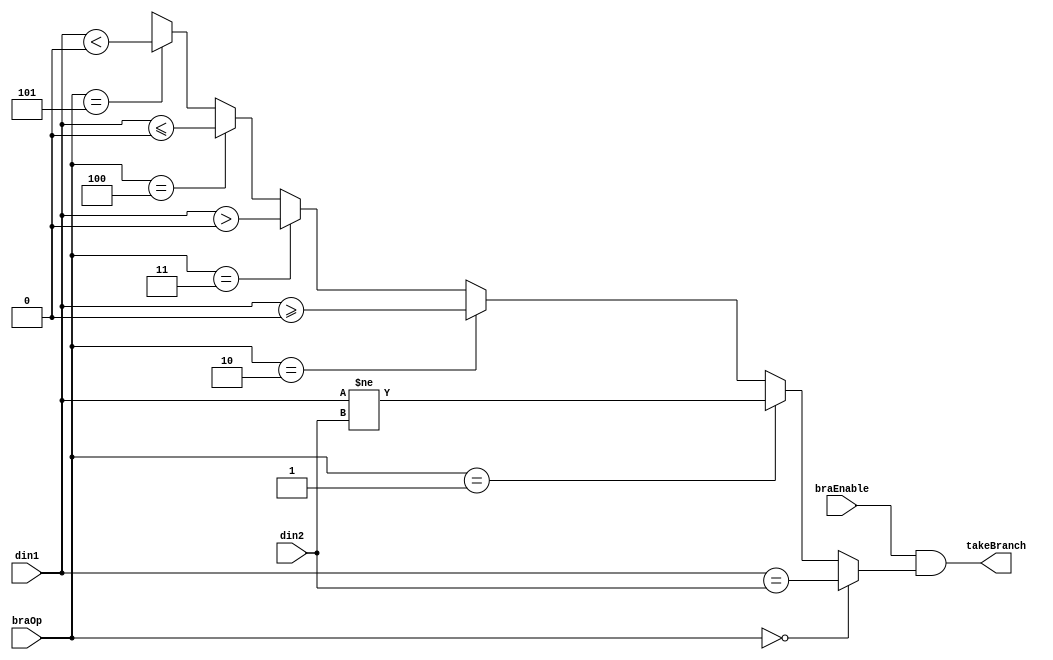
module Branch(
    input  [31:0] din1,
    input  [31:0] din2,
    input         braEnable,
    input  [ 2:0] braOp,
    output        takeBranch
);
    wire          result;

    assign result =
        braOp == 3'b000 ? din1 == din2          : // beq
        braOp == 3'b001 ? din1 != din2          : // bne
        braOp == 3'b010 ? $signed(din1) >= 0    : // bgez/bgezal
        braOp == 3'b011 ? $signed(din1) >  0    : // bgtz
        braOp == 3'b100 ? $signed(din1) <= 0    : // blez
        braOp == 3'b101 ? $signed(din1) <  0    : // bltz/bltzal
                          1'bX                  ; // other
    assign takeBranch = braEnable && result;

endmodule